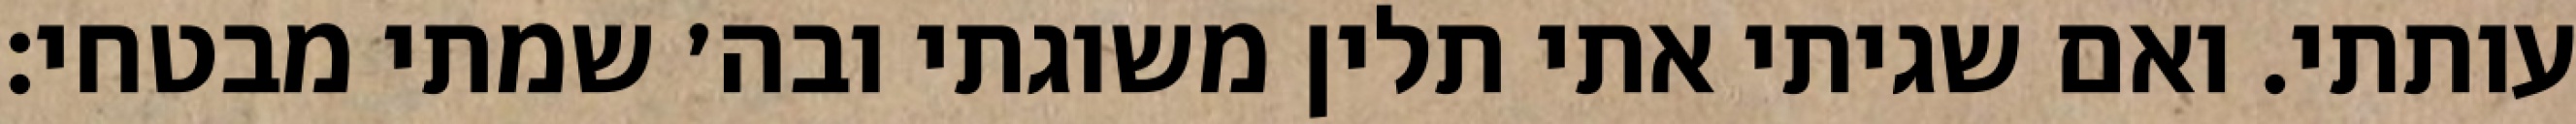
עותתי. ואם שגיתי אתי תלין משוגתי ובה׳ שמתי מבטחי: